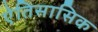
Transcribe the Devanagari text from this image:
ऐतिसासिक